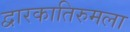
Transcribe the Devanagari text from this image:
द्वारकातिरुमला